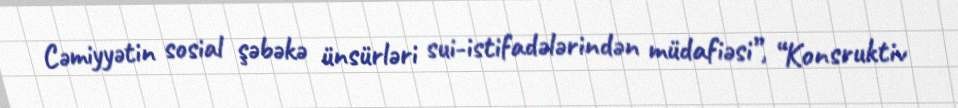
Cəmiyyətin sosial şəbəkə ünsürləri sui-istifadələrindən müdafiəsi”, “Konsruktiv